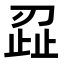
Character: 𭃷